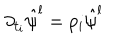
\partial _ { t _ { i } } \hat { \psi } ^ { l } = p _ { i } \hat { \psi } ^ { l }